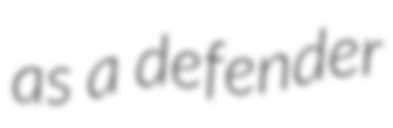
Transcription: as a defender